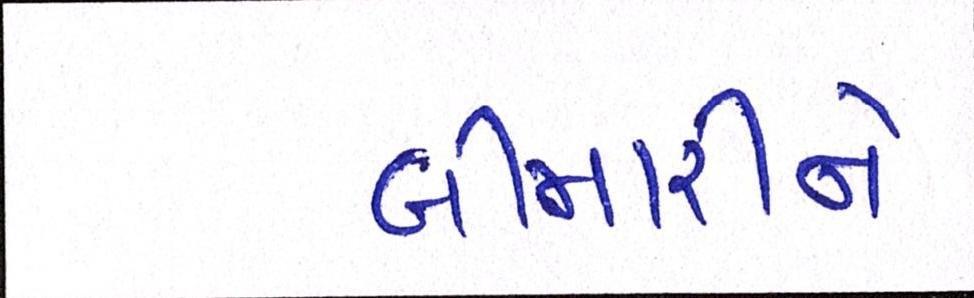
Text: બીમારીને